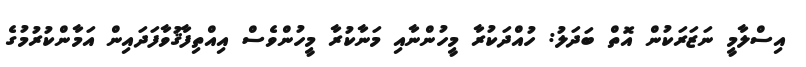
އިސްލާމީ ނަޒަރަކުން އޮތް ބަދަލު: ހުއްދަކުރާ މީހުންނާއި މަނާކުރާ މީހުންވެސް އިއްތިފާޤުވާފަދައިން އަމާންކުރުމުގެ